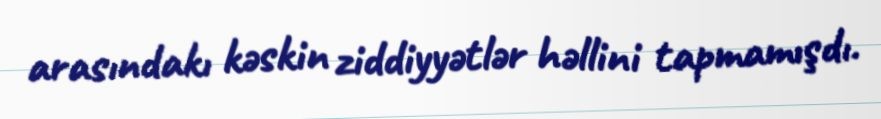
arasındakı kəskin ziddiyyətlər həllini tapmamışdı.